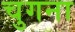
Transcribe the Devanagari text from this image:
चुगना